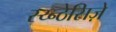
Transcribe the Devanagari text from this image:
स्य्न्ठेसिज़े